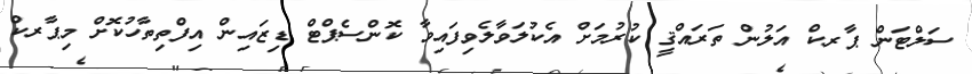
ސަލްޓަން ޕާރކް އަލުން ތަރައްޤީ ކުރުމަށް އެކުލަވާލެވިފައިވާ ކޮންސެޕްޓް ޑިޒައިން އިފްތިތާހުކޮށް މިޕާރކް